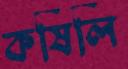
কষিলি